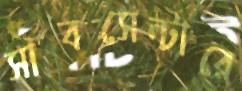
সাবসেন্টারে